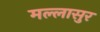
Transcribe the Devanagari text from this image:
मल्लासुर